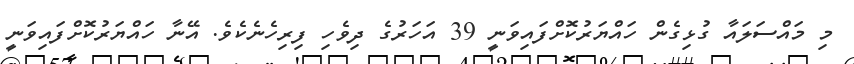
މި މައްސަލައާ ގުޅިގެން ހައްޔަރުކޮށްފައިވަނީ 39 އަހަރުގެ ދިވެހި ފިރިހެނެކެވެ. އޭނާ ހައްޔަރުކޮށްފައިވަނީ